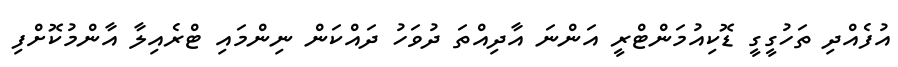
އުފެއްދި ތަހުގީގީ ޑޮކިއުމަންޓްރީ އަންނަ އާދިއްތަ ދުވަހު ދައްކަން ނިންމައި ޓްރެއިލާ އާާންމުކޮށްފި